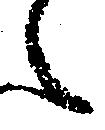
之